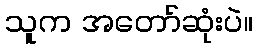
သူက အတော်ဆုံးပဲ။